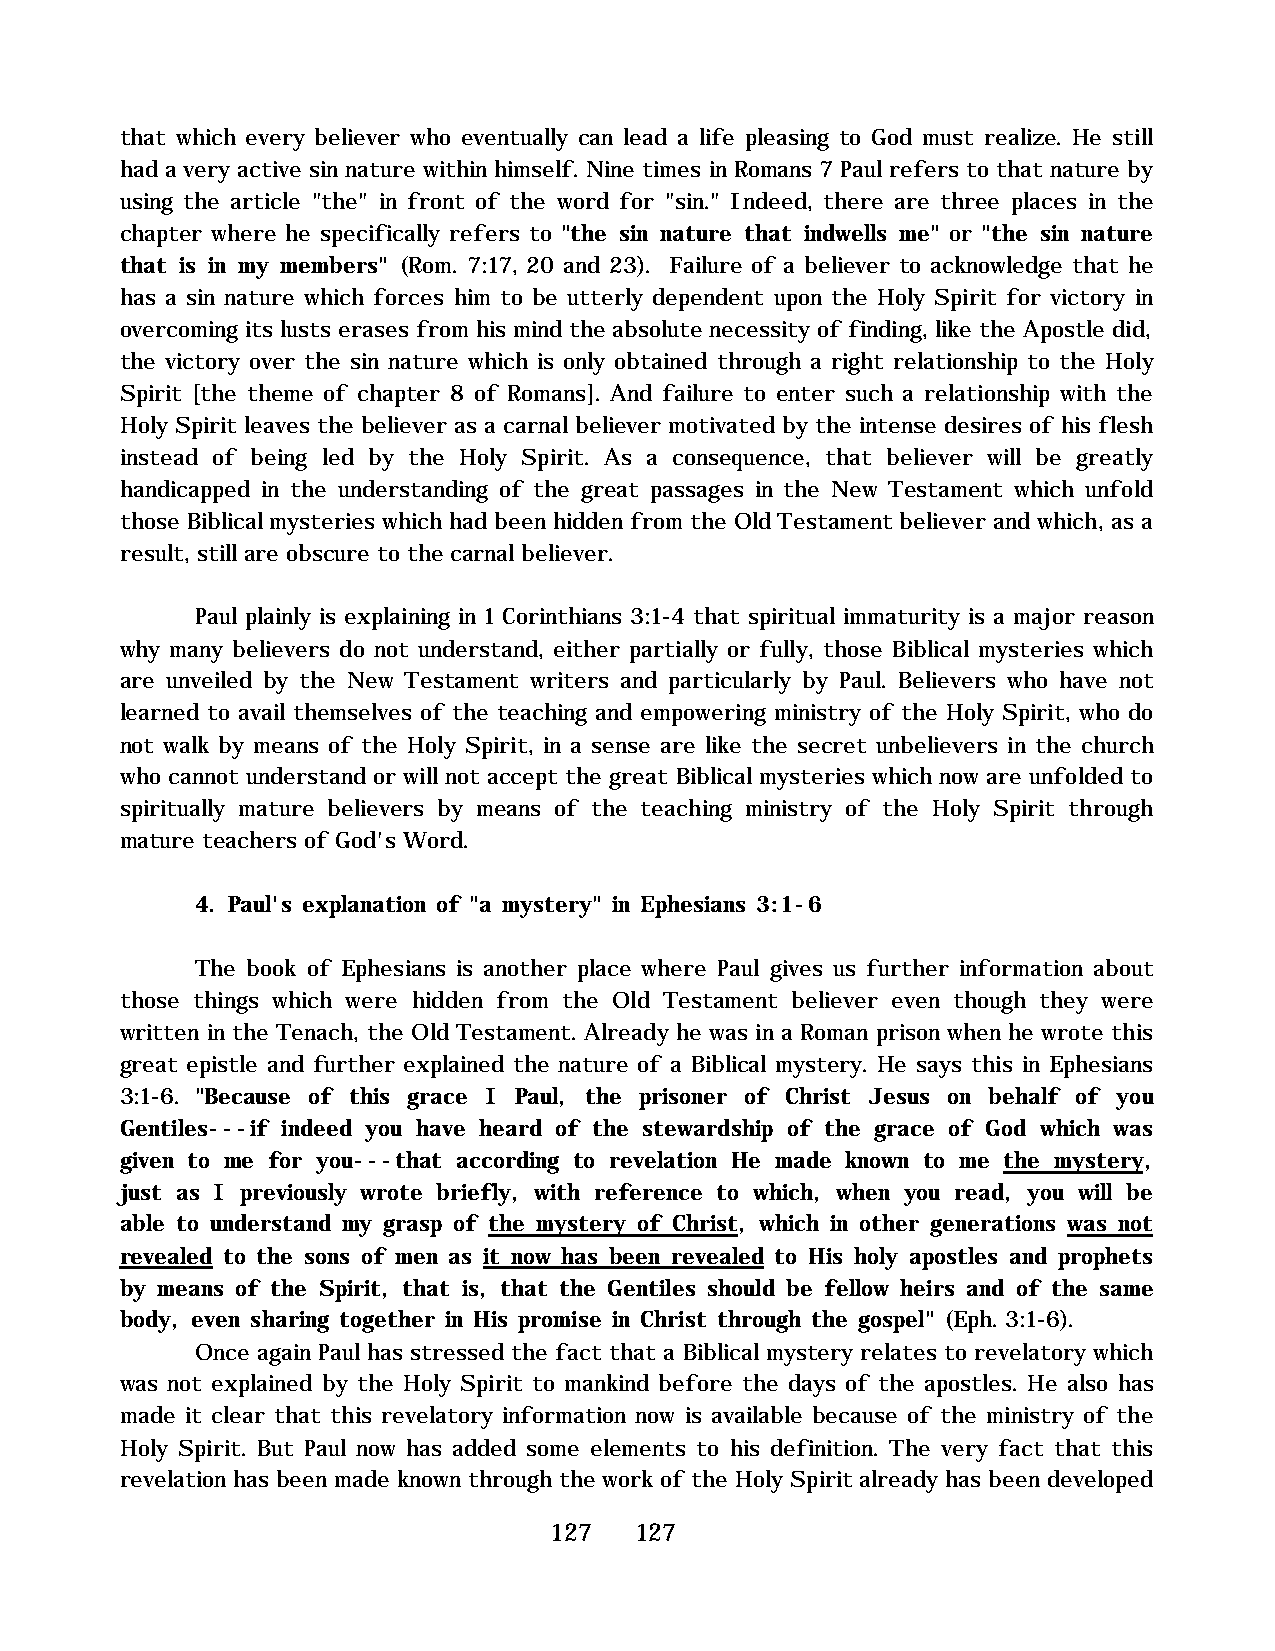
that which every believer who eventually can lead a life pleasing to God must realize. He still
 had a very active sin nature within himself. Nine times in Romans 7 Paul refers to that nature by
 using the article "the" in front of the word for "sin." Indeed, there are three places in the
 chapter where he specifically refers to "the sin nature that indwells me" or "the sin nature
 that is in my members" (Rom. 7:17, 20 and 23). Failure of a believer to acknowledge that he
 has a sin nature which forces him to be utterly dependent upon the Holy Spirit for victory in
 overcoming its lusts erases from his mind the absolute necessity of finding, like the Apostle did,
 the victory over the sin nature which is only obtained through a right relationship to the Holy
 Spirit [the theme of chapter 8 of Romans]. And failure to enter such a relationship with the
 Holy Spirit leaves the believer as a carnal believer motivated by the intense desires of his flesh
 instead of being led by the Holy Spirit. As a consequence, that believer will be greatly
 handicapped in the understanding of the great passages in the New Testament which unfold
 those Biblical mysteries which had been hidden from the Old Testament believer and which, as a
 result, still are obscure to the carnal believer.
 Paul plainly is explaining in 1 Corinthians 3:1-4 that spiritual immaturity is a major reason
 why many believers do not understand, either partially or fully, those Biblical mysteries which
 are unveiled by the New Testament writers and particularly by Paul. Believers who have not
 learned to avail themselves of the teaching and empowering ministry of the Holy Spirit, who do
 not walk by means of the Holy Spirit, in a sense are like the secret unbelievers in the church
 who cannot understand or will not accept the great Biblical mysteries which now are unfolded to
 spiritually mature believers by means of the teaching ministry of the Holy Spirit through
 mature teachers of God's Word.
 4. Paul's explanation of "a mystery" in Ephesians 3:1-6
 The book of Ephesians is another place where Paul gives us further information about
 those things which were hidden from the Old Testament believer even though they were
 written in the Tenach, the Old Testament. Already he was in a Roman prison when he wrote this
 great epistle and further explained the nature of a Biblical mystery. He says this in Ephesians
 3:1-6. "Because of this grace I Paul, the prisoner of Christ Jesus on behalf of you
 Gentiles---if indeed you have heard of the stewardship of the grace of God which was
 given to me for you---that according to revelation He made known to me the mystery,
 just as I previously wrote briefly, with reference to which, when you read, you will be
 able to understand my grasp of the mystery of Christ, which in other generations was not
 revealed to the sons of men as it now has been revealed to His holy apostles and prophets
 by means of the Spirit, that is, that the Gentiles should be fellow heirs and of the same
 body, even sharing together in His promise in Christ through the gospel" (Eph. 3:1-6).
 Once again Paul has stressed the fact that a Biblical mystery relates to revelatory which
 was not explained by the Holy Spirit to mankind before the days of the apostles. He also has
 made it clear that this revelatory information now is available because of the ministry of the
 Holy Spirit. But Paul now has added some elements to his definition. The very fact that this
 revelation has been made known through the work of the Holy Spirit already has been developed
 127   127